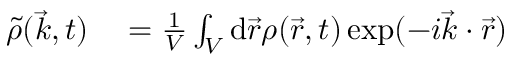
\begin{array} { r l } { \tilde { \rho } ( \vec { k } , t ) } & { { } = \frac { 1 } { V } \int _ { V } \mathrm { d } \vec { r } \rho ( \vec { r } , t ) \exp ( - i \vec { k } \cdot \vec { r } ) } \end{array}